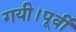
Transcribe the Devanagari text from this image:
गयी।पूर्वी